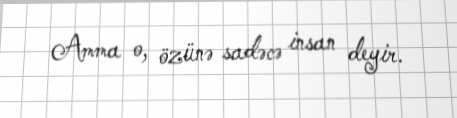
Amma o, özünə sadəcə insan deyir.